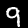
Label: 9